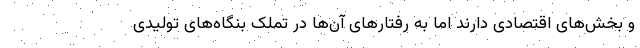
و بخش‌های اقتصادی دارند اما به رفتارهای آن‌ها در تملک بنگاه‌های تولیدی